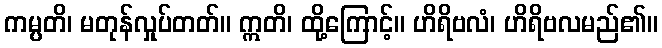
ကမ္ပတိ၊ မတုန်လှုပ်တတ်။ ဣတိ၊ ထို့ကြောင့်။ ဟိရိဗလံ၊ ဟိရိဗလမည်၏။